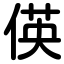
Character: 偀